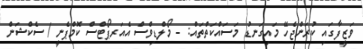
ވަޒީފާގައި ކުރަންޖެހޭ މައިގަނޑު މަސައްކަތްތައް: - މޯލްޑިވްސް އެއަރޕޯޓްސް ކޮމްޕެނީ / ސެކްޝަން